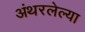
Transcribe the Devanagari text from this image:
अंथरलेल्या